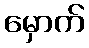
မှောက်